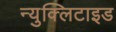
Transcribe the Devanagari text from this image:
न्युक्लिटाइड